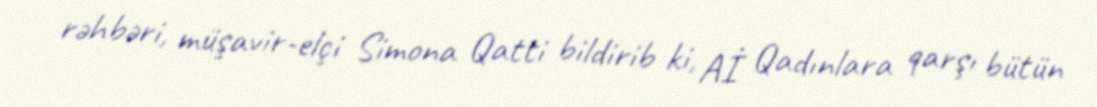
rəhbəri, müşavir-elçi Simona Qatti bildirib ki, Aİ Qadınlara qarşı bütün